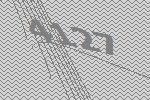
4127